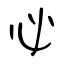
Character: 必